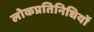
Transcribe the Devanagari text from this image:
लोकप्रतिनिधियों